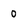
Character: 0